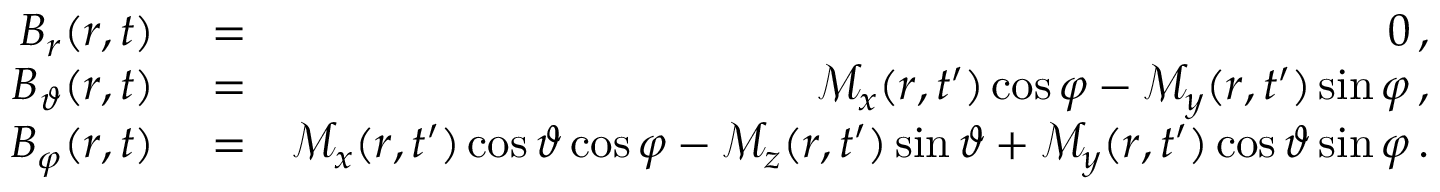
\begin{array} { r l r } { B _ { r } ( \boldsymbol { r } , t ) } & { { } = } & { 0 \, , } \\ { B _ { \vartheta } ( \boldsymbol { r } , t ) } & { { } = } & { \mathcal { M } _ { x } ( r , t ^ { \prime } ) \cos \varphi - \mathcal { M } _ { y } ( r , t ^ { \prime } ) \sin \varphi \, , } \\ { B _ { \varphi } ( \boldsymbol { r } , t ) } & { { } = } & { \mathcal { M } _ { x } ( r , t ^ { \prime } ) \cos \vartheta \cos \varphi - \mathcal { M } _ { z } ( r , t ^ { \prime } ) \sin \vartheta + \mathcal { M } _ { y } ( r , t ^ { \prime } ) \cos \vartheta \sin \varphi \, . } \end{array}